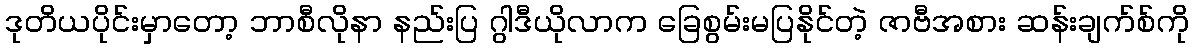
ဒုတိယပိုင်းမှာတော့ ဘာစီလိုနာ နည်းပြ ဂွါဒီယိုလာက ခြေစွမ်းမပြနိုင်တဲ့ ဇာဗီအစား ဆန်းချက်စ်ကို